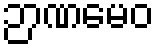
ဉာဏမေဝ